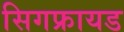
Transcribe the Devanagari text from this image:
सिगफ्रायड